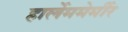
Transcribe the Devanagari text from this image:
हार्लेममेर्मीर